Vaccination in Burma 1920-1933 - 1920-1933
Year: 1920
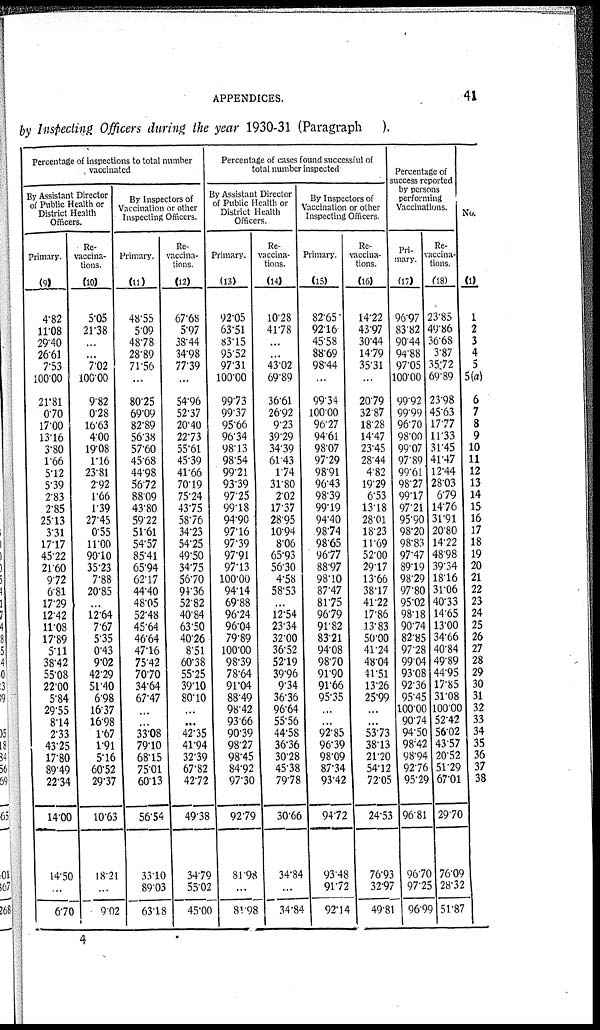
APPENDICES.
41
by Inspecting Officers during the year 1930-31 (Paragraph
).
Percentage of Inspections to total number
vaccinated
By Assistant Director
of Public Health or
District Health
Officers.
Primary.
(9)
4.82
11.08
29.40
26.61
7.53
100.00
21.81
0.70
17.00
13.16
3.80
1.66
5.12
5.39
2.83
2.85
25.13
3.31
17.17
45.22
21.60
9.72
6.81
17.29
12.42
11.08
17.89
5.11
38.42
55.08
22.00
5.84
29.55
8.14
2.33
43.25
17.80
89.49
22.34
14.00
14.50
...
6.70
Re-
vaccina-
tions.
(10)
5.05
21.38
...
...
7.02
100.00
9.82
0.28
16.63
4.00
19.08
1.16
23.81
2.92
1.66
1.39
27.45
0.55
11.00
90.10
35.23
7.88
20.85
...
12.64
7.67
5.35
0.43
9.02
42.29
51.40
6.98
16.37
16.98
1.67
1.91
5.16
60.52
29.37
10.63
18.21
...
9.02
By Inspectors of
Vaccination or other
Inspecting Officers.
Primary.
(11)
48.55
5.09
48.78
28.89
71.56
...
80.25
69.09
82.89
56.38
57.60
45.68
44.98
56.72
88.09
43.80
59.22
51.61
54.57
85.41
65.94
62.17
44.40
48.05
52.48
45.64
46.64
47.16
75.42
70.70
34.64
67.47
...
...
33.08
79.10
68.15
75.01
60.13
56.54
33.10
89.03
63.18
Re-
vaccina-
tions.
(12)
67.68
5.97
38.44
34.98
77.39
...
54.96
52.37
20.40
22.73
55.61
45.39
41.66
70.19
75.24
43.75
58.76
34.23
54.25
49.50
34.75
56.70
94.36
52.82
40.84
63.50
40.26
8.51
60.38
55.25
39.10
80.10
...
...
42.35
41.94
32.39
67.82
42.72
49.38
34.79
55.02
45.00
Percentage of cases found successful of
total number inspected
By Assistant Director
of Public Health or
District Health
Officers.
Primary.
(13)
92.05
63.51
83.15
95.52
97.31
100.00
99.73
99.37
95.66
96.34
98.13
98.54
99.21
93.39
97.25
99.18
94.90
97.16
97.39
97.91
97.13
100.00
94.14
69.88
96.24
96.04
79.89
100.00
98.39
78.64
91.04
88.49
98.42
93.66
90.39
98.27
98.45
84.92
97.30
92.79
81.98
...
81.98
Re-
vaccina-
tions.
(14)
10.28
41.78
...
...
43.02
69.89
36.61
26.92
9.23
39.29
34.39
61.43
1.74
31.80
2.02
17.37
28.95
10.94
8.06
65.93
56.30
4.58
58.53
...
12.54
23.34
32.00
36.52
52.19
39.96
9.34
36.36
96.64
55.56
44.58
36.36
30.28
45.38
79.78
30.66
34.84
...
34.84
By Inspectors of
Vaccination or other
Inspecting Officers
Primary.
(15)
82.65
92.16
45.58
88.69
98.44
...
99.34
100.00
96.27
94.61
98.07
97.29
98.91
96.43
98.39
99.19
94.40
98.74
98.65
96.77
88.97
98.10
87.47
81.75
96.79
91.82
83.21
94.08
98.70
91.90
91.66
95.35
...
...
92.85
96.39
98.09
87.34
93.42
94.72
93.48
91.72
92.14
Re-
vaccina-
tions.
(16)
14.22
43.97
30.44
14.79
35.31
...
20.79
32.87
18.28
14.47
23.45
28.44
4.82
19.29
6.53
13.18
28.01
18.23
11.69
52.00
29.17
13.66
38.17
41.22
17.86
13.83
50.00
41.24
48.04
41.51
13.26
25.99
...
...
53.73
38.13
21.20
54.12
72.05
24.53
76.93
32.97
49.81
Percentage of
success reported
by persons
performing
Vaccinations.
Pri-
mary.
(17)
96.97
83.82
90.44
94.88
97.05
100.00
99.92
99.99
96.70
98.00
99.07
97.89
99.61
98.27
99.17
97.21
95.90
98.20
98.83
97.47
89.19
98.29
97.80
95.02
98.18
90.74
82.85
97.28
99.04
93.08
92.36
95.45
100.00
90.74
94.50
98.42
98.94
92.76
95.29
96.81
96.70
97.25
96.99
Re-
vaccina-
tions.
(18)
23.85
49.86
36.68
3.87
35.72
69.89
23.98
45.63
17.77
11.33
31.45
41.47
12.44
28.03
6.79
14.76
31.91
20.80
14.22
48.98
39.34
18.16
31.06
40.33
14.65
13.00
34.66
40.84
49.89
44.95
17.85
31.08
100.00
52.42
56.02
43.57
20.52
51.29
67.01
29.70
76.09
28.32
51.87
No.
(1)
1
2
3
4
5
5(a)
6
7
8
9
10
11
12
13
14
15
16
17
18
19
20
21
22
23
24
25
26
27
28
29
30
31
32
33
34
35
36
37
38
...
...
...
...
4